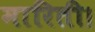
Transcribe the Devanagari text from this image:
मारिती।